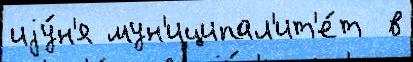
иjу́н'я мун'иципал'ит'е́т  в